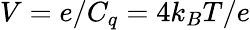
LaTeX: V=e/C_{q}=4k_{B}T/e